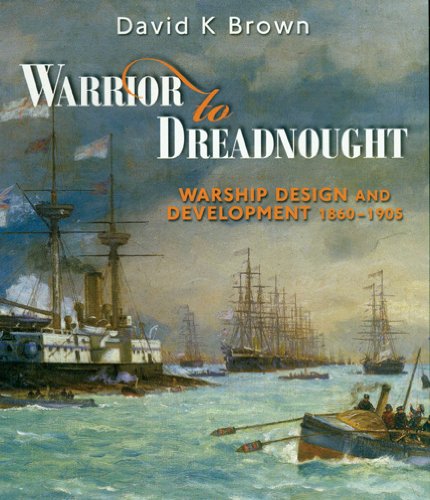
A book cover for Warrior to Dreadnought: Warship Development, 1860-1905; David K. Brown; Arts & Photography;